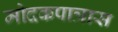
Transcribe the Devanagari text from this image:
मोदकपात्रास